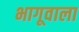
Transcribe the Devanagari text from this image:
भागूवाला